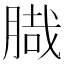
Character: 𦞁